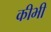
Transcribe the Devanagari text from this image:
कीभी